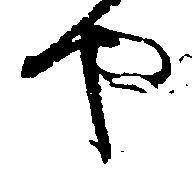
や